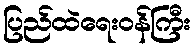
ပြည်ထဲရေးဝန်ကြီး